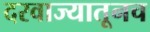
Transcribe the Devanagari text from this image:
दरवाज्यातूनच